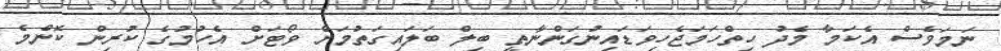
ނަމަވެސް އެކަމާ މެދު ހިތްހަމަޖެހިވަޑައިނުގަންނާތީ ބިލް ބަލައިގަތުމަށް ވޯޓަށް އެހުމުގެ ކުރިން ކޮންމެ